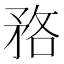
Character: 𱳜